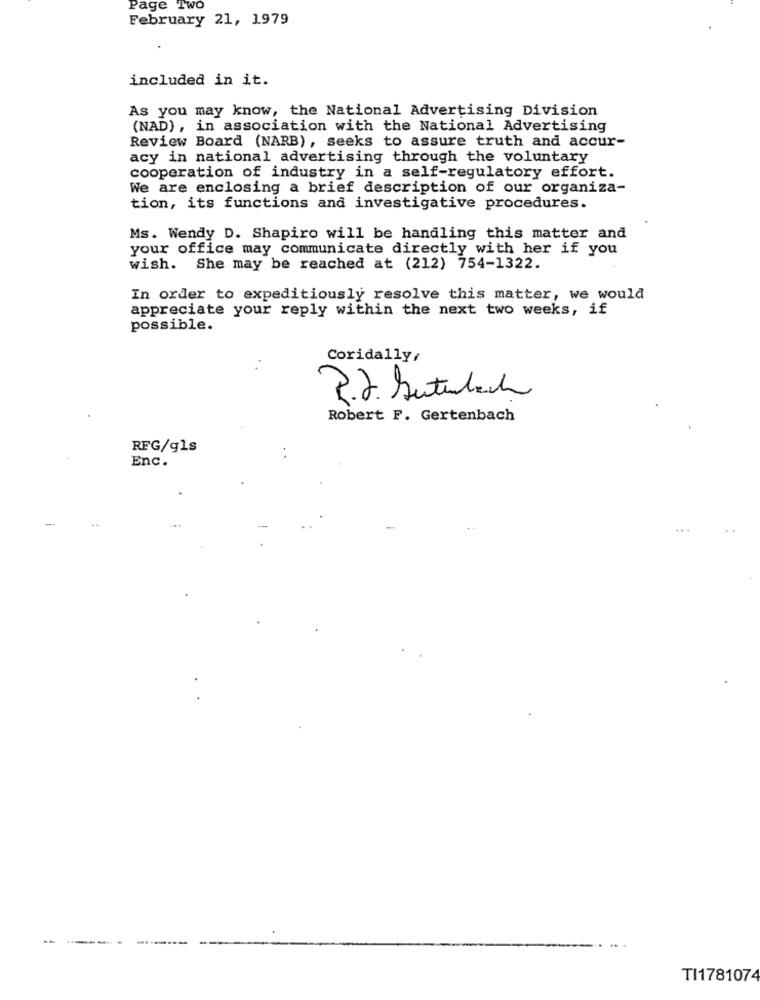
Page Two
February 21, 1979
included in it.
As you may know, the National Advertising Division
(NAD) , in association with the National Advertising
Review Board (NARB), seeks to assure truth and accur-
acy in national advertising through the voluntary
cooperation of industry in a self-regulatory effort.
We are enclosing a brief description of our organiza-
tion, its functions and investigative procedures.
Ms. Wendy D. Shapiro will be handling this matter and
your office may communicate directly with her if you
wish. She may be reached at (212) 754-1322.
In order to expeditiously resolve this matter, we would
appreciate your reply within the next two weeks, if
possible.
Coridally,
P.J. Butubach
Robert F. Gertenbach
RFG/g1s
Enc.
TI1781074